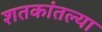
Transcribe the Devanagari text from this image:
शतकांतल्या